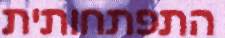
התפתחותית